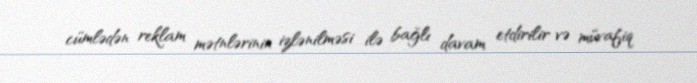
cümlədən reklam mətnlərinin izlənilməsi ilə bağlı davam etdirilir və müvafiq